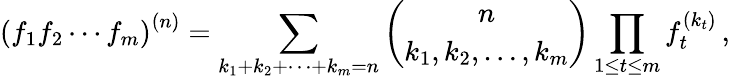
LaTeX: \left(f_{1}f_{2}\cdots f_{m}\right)^{(n)}=\sum_{k_{1}+k_{2}+\cdots+k_{m}=n}{\binom{n}{k_{1},k_{2},\ldots,k_{m}}}\prod_{1\leq t\leq m}f_{t}^{(k_{t})}\, ,